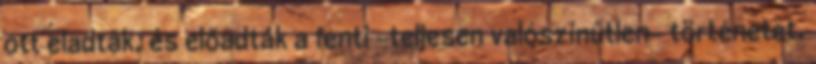
ott eladták, és előadták a fenti -teljesen valószínűtlen- történetet.